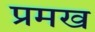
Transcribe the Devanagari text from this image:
प्रमख